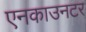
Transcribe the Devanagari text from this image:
एनकाउनटर